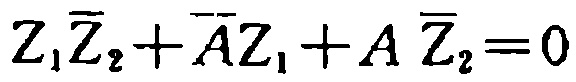
\(Z_{1}\overline{Z}_{2}+\overline{A}Z_{1}+A\overline{Z}_{2}=0\)